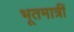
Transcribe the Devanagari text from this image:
भूतमात्रीं